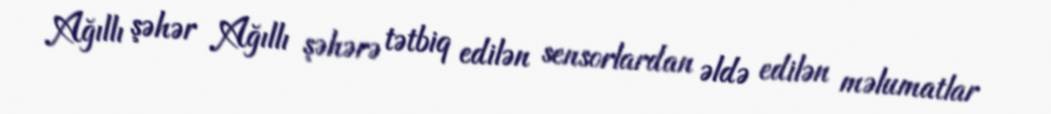
Ağıllı şəhər Ağıllı şəhərə tətbiq edilən sensorlardan əldə edilən məlumatlar